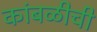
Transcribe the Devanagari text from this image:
कांबळीची